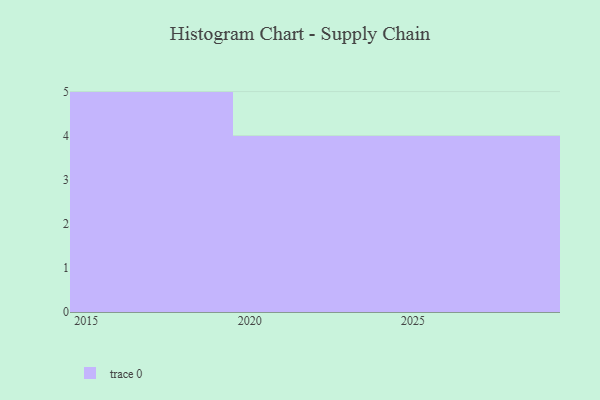
{"axis": {"x": "Year", "y": "Population (Million)"}, "legend": [""], "data": [{"x": "2019", "y": 57, "type": ""}, {"x": "2028", "y": 80, "type": ""}, {"x": "2027", "y": 48, "type": ""}, {"x": "2018", "y": 95, "type": ""}, {"x": "2022", "y": 37, "type": ""}, {"x": "2015", "y": 71, "type": ""}, {"x": "2021", "y": 46, "type": ""}, {"x": "2016", "y": 8, "type": ""}, {"x": "2017", "y": 53, "type": ""}, {"x": "2025", "y": 58, "type": ""}, {"x": "2023", "y": 5, "type": ""}, {"x": "2026", "y": 12, "type": ""}, {"x": "2024", "y": 44, "type": ""}]}